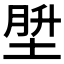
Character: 𪣪